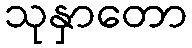
သုနှာတော